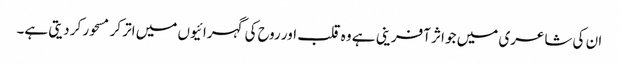
ان کی شاعری میں جو اثر آفرینی ہے وہ قلب اور روح کی گہرائیوں میں اتر کر مسحور کر دیتی ہے۔